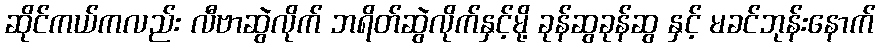
ဆိုင်ကယ်ကလည်း လီဗာဆွဲလိုက် ဘရိတ်ဆွဲလိုက်နှင့်မို့ ခုန်ဆွခုန်ဆွ နှင့် မခင်ဘုန်းနောက်